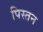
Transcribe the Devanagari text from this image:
पिस्तन